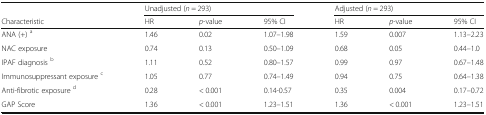
|  | <COLSPAN=3> Unadjusted (n = 293) | <COLSPAN=3> Adjusted (n = 293) |
 | Characteristic | HR | p-value | 95% CI | HR | p-value | 95% CI |
 | --- | --- | --- | --- | --- | --- | --- |
 | ANA (+) a | 1.46 | 0.02 | 1.07–1.98 | 1.59 | 0.007 | 1.13–2.23 |
 | NAC exposure | 0.74 | 0.13 | 0.50–1.09 | 0.68 | 0.05 | 0.44–1.0 |
 | IPAF diagnosis b | 1.11 | 0.52 | 0.80–1.57 | 0.99 | 0.97 | 0.67–1.48 |
 | Immunosuppressant exposure c | 1.05 | 0.77 | 0.74–1.49 | 0.94 | 0.75 | 0.64–1.38 |
 | Anti-fibrotic exposure d | 0.28 | < 0.001 | 0.14-0.57 | 0.35 | 0.004 | 0.17–0.72 |
 | GAP Score | 1.36 | < 0.001 | 1.23–1.51 | 1.36 | < 0.001 | 1.23–1.51 |